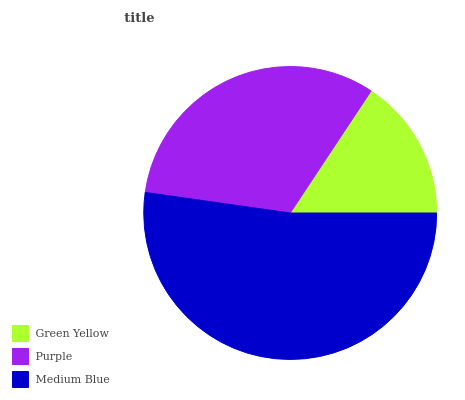
| Green Yellow | Purple | Medium Blue |
 | --- | --- | --- |
 | 15.7% | 32% | 52.3% |